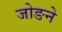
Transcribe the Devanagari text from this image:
जोङने